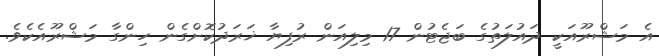
އެ މަޝްރޫއަކީ ދައުލަތުގެ ބަޖެޓުން 17 މިލިއަން ރުފިޔާ ޚަރަދުކޮށްގެން ހިންގާ މަޝްރޫއެކެވެ.